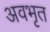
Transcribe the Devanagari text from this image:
अवभृत